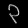
Digit: ၃